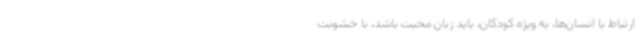
ارتباط با انسان‌ها، به ویژه کودکان، باید زبان محبت باشد، با خشونت